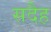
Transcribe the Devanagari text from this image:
सदैह